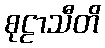
စုဠာသီတိ